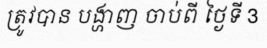
ត្រូវបាន បង្ហាញ ចាប់ពី ថ្ងៃទី 3